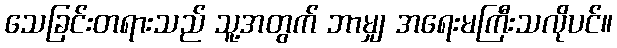
သေခြင်းတရားသည် သူ့အတွက် ဘာမျှ အရေးမကြီးသလိုပင်။